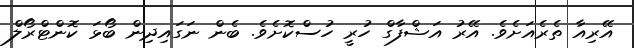
އޭރިއާ ތެރެއަށެވެ. އޭރު އަޝްފާގް ހުރީ ހުސްކޮށެވެ. ބެން ނަގައިދިން ބޯޅަ ކޮންޓްރޯލް